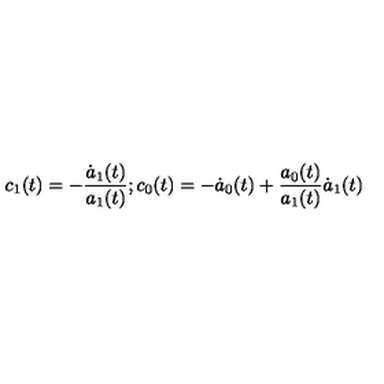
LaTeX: c _ { 1 } ( t ) = - \frac { \dot { a } _ { 1 } ( t ) } { a _ { 1 } ( t ) } ; c _ { 0 } ( t ) = - \dot { a } _ { 0 } ( t ) + \frac { a _ { 0 } ( t ) } { a _ { 1 } ( t ) } \dot { a } _ { 1 } ( t )